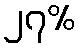
၂၇%